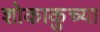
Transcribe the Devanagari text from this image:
शोकाकुच्या